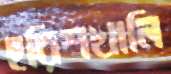
হরিশখালি